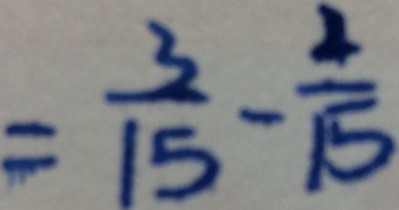
= \frac { 3 } { 1 5 } - \frac { 2 } { 1 5 }